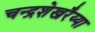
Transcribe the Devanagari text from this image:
चन्द्रशेखरैय्या